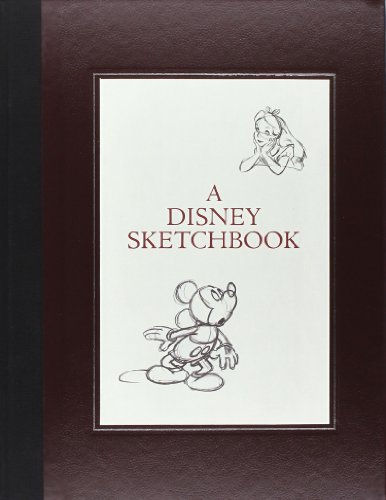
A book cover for A Disney Sketchbook; Ken Shue; Comics & Graphic Novels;